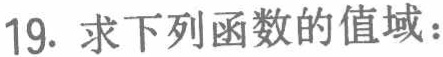
19. 求下列函数的值域：